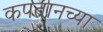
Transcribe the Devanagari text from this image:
कपतानच्या